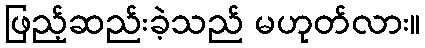
ဖြည့်ဆည်းခဲ့သည် မဟုတ်လား။